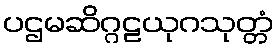
ပဌမဆိဂ္ဂဠယုဂသုတ္တံ